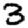
Digit: 3